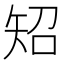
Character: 䂏